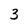
Character: 3